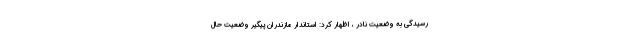
رسیدگی به وضعیت نادر ، اظهار کرد: استاندار مازندران پیگیر وضعیت حال